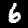
Label: 6